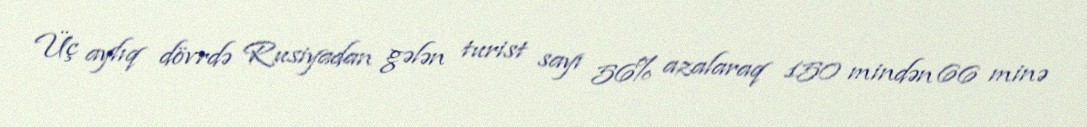
Üç aylıq dövrdə Rusiyadan gələn turist sayı 56% azalaraq 150 mindən 66 minə